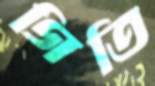
গিতি